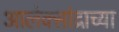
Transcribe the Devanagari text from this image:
आलेक्सांद्राच्या